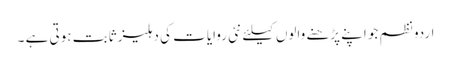
اردو نظم جو اپنے پڑھنے والوں کیلئے نئی روایات کی دہلیز ثابت ہوتی ہے ۔